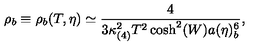
\rho _ { b } \equiv \rho _ { b } ( T , \eta ) \simeq \frac { 4 } { 3 \kappa _ { ( 4 ) } ^ { 2 } T ^ { 2 } \cosh ^ { 2 } ( W ) a ( \eta ) _ { b } ^ { 6 } } ,